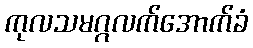
ကုလသမဂ္ဂလက်အောက်ခံ